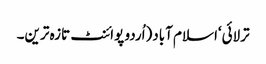
ترلائی‘اسلام آباد(اُردو پوائنٹ تازہ ترین۔